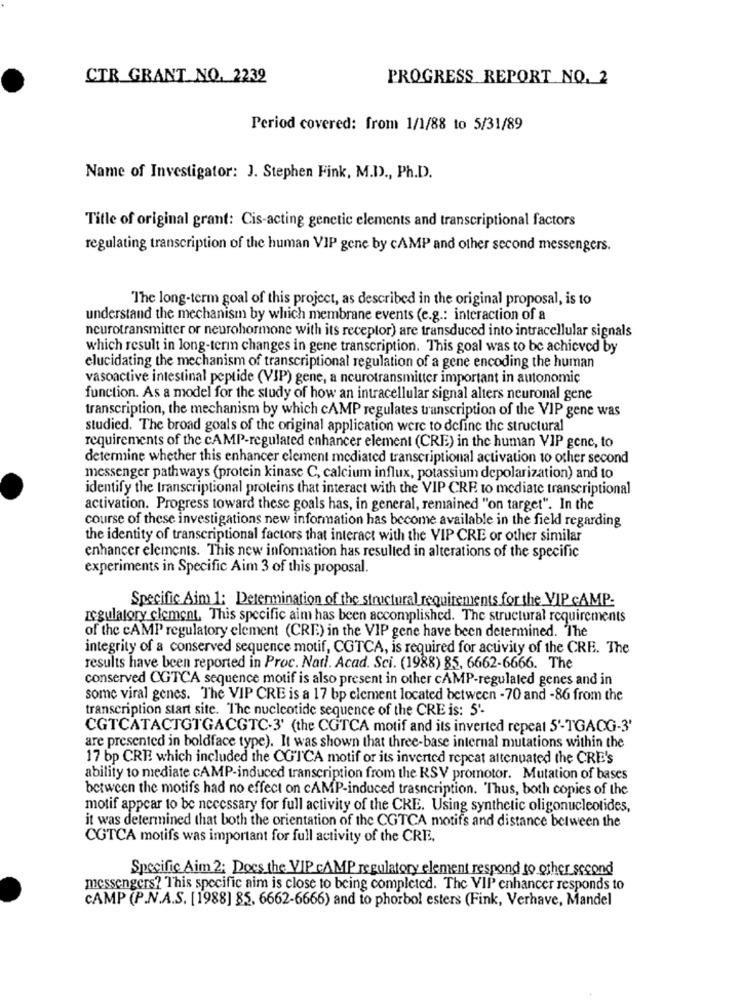
CTR GRANT NO. 2232
PROGRESS REPORT NO. 2
Period covered: from 1/1/88 to 5/31/89
Name of Investigator: J. Stephen Fink, M.D ., Ph.D.
Title of original grant: Cis-acting genetic elements and transcriptional factors
regulating transcription of the human VIP gene by cAMP and other second messengers.
"The long-term goal of this project, as described in the original proposal, is to
understand the mechanism by which membrane events (e.g .: interaction of a
neurotransmitter or neurohormone with its receptor) are transduced into intracellular signals
which result in long-term changes in gene transcription. This goal was to be achieved by
elucidating the mechanism of transcriptional regulation of a gene encoding the human
vasoactive intestinal peptide (VIP) gene, a neurotransmitter important in autonomic
function. As a model for the study of how an intracellular signal alters neuronal gene
transcription, the mechanism by which CAMP regulates transcription of the VIP gene was
studied. The broad goals of the original application were to define the structural
requirements of the cAMP-regulated enhancer element (CRE) in the human VIP genc, to
determine whether this enhancer clement mediated transcriptional activation to other second
messenger pathways (protein kinase C, calcium influx, potassium depolarization) and to
identify the transcriptional proteins that interact with the VIP CRE to mediate transcriptional
activation. Progress toward these goals has, in general, remained "on target". In the
course of these investigations new information has become available in the field regarding
the identity of transcriptional factors that interact with the VIP CRE or other similar
enhancer elements. This new infonnation has resulted in alterations of the specific
experiments in Specific Aim 3 of this proposal.
Specific Aim 1: Determination of the structural requirements for the VIP CAMP:
regulatory clement, This specific aim has been accomplished. The structural requirements
of the CAMP regulatory element (CRE) in the VIP gene have been determined. The
integrity of a conserved sequence motif, CGTCA, is required for activity of the CRE. The
results have been reported in Proc. Natl. Acad. Sci. (1988) 85, 6662-6666. The
conserved CGTCA sequence motif is also present in other cAMP-regulated genes and in
some viral genes. The VIP CRE is a 17 bp clement located between - 70 and -86 from the
transcription start site. The nucleotide sequence of the CRE is: 5'-
CGTCATACTGTGACGTC-3' (the CGTCA motif and its inverted repeat 5'-TGACG-3'
are presented in boldface type). It was shown that three-base internal mutations within the
17 bp CRE which included the CGTCA motif or its inverted repeat attenuated the CRE's
ability to mediate cAMP-induced transcription from the RSV promotor. Mutation of bases
between the motifs had no effect on cAMP-induced trasncription. Thus, both copies of the
motif appear to be necessary for full activity of the CRE. Using synthetic oligonucleotides,
it was determined that both the orientation of the CGTCA motifs and distance between the
CGTCA motifs was important for full activity of the CRE.
Specific Aim 2; Docs the VIP cAMP regulatory element respond to other second
messengers? This specific aim is close to being completed. The VIP enhancer responds to
CAMP (P.N.A.S. [1988] 85, 6662-6666) and to phorbol esters (Fink, Verhave, Mandel